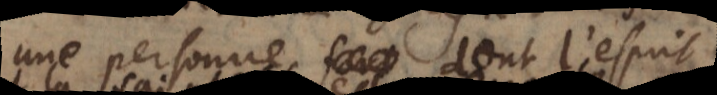
qu’une personne dont l’esprit